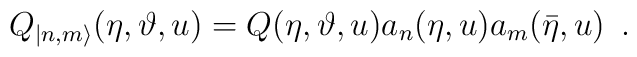
Q_{|n,m\rangle }(\eta ,\vartheta ,u)=Q(\eta ,\vartheta ,u)a_{n}(\eta,u)a_{m}(\bar{\eta },u)\, \, \, .